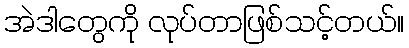
အဲဒါတွေကို လုပ်တာဖြစ်သင့်တယ်။